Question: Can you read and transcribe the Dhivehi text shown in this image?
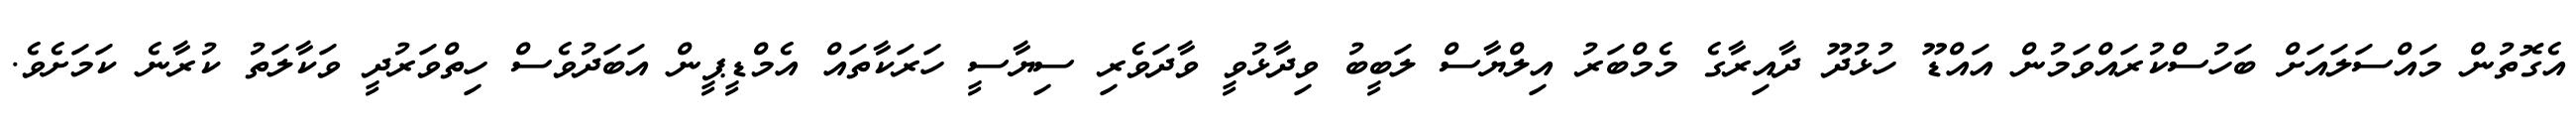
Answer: އެގޮތުން މައްސަލައަށް ބަހުސްކުރައްވަމުން އައްޑޫ ހުޅުދޫ ދާއިރާގެ މެމްބަރު އިލްޔާސް ލަބީބު ވިދާޅުވީ ވާދަވެރި ސިޔާސީ ހަރަކާތައް އެމްޑީޕީން އަބަދުވެސް ހިތްވަރުދީ ވަކާލަތު ކުރާނެ ކަމަށެވެ.